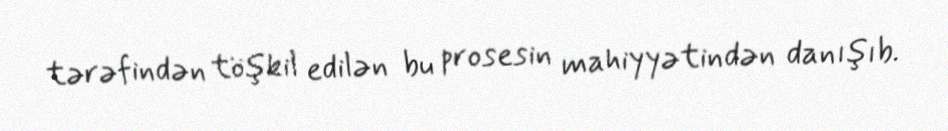
tərəfindən töşkil edilən bu prosesin mahiyyətindən danışıb.